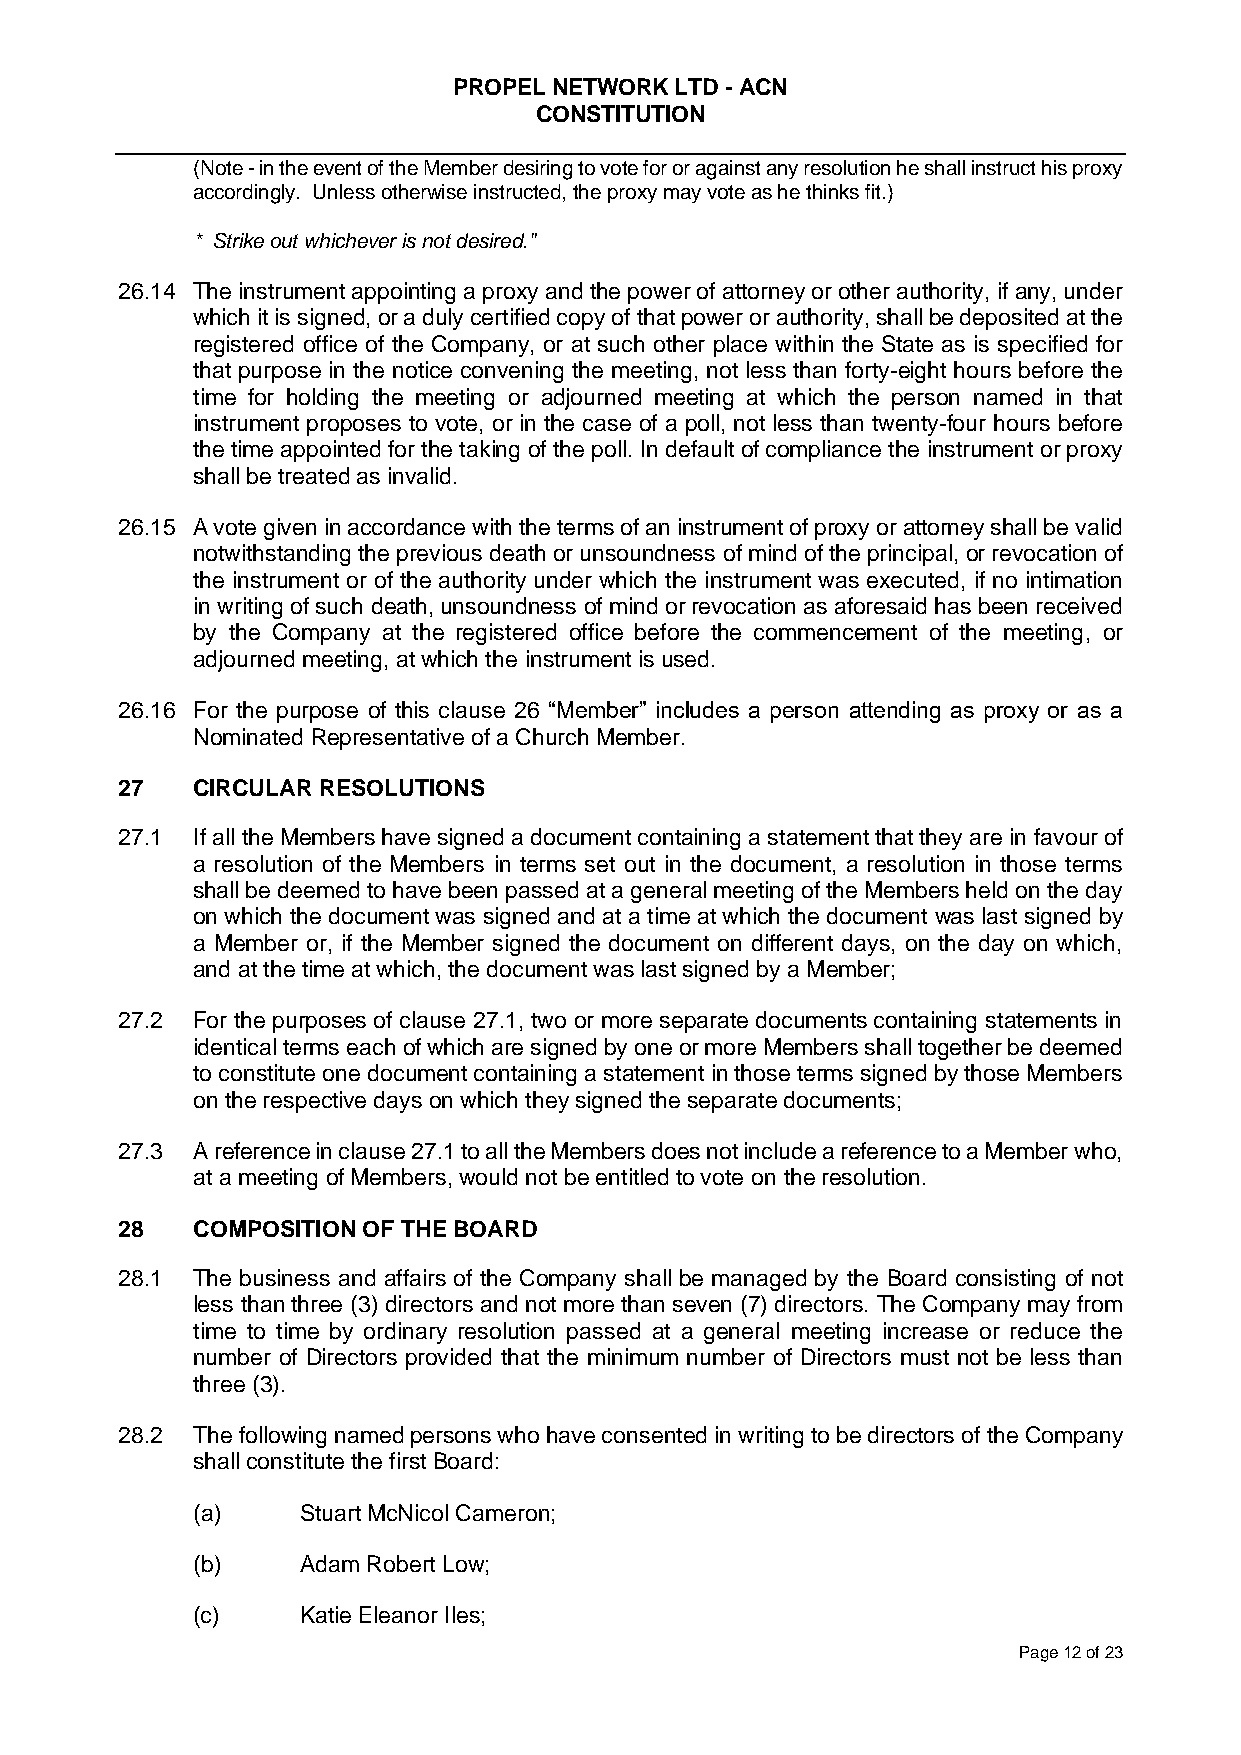
PROPEL NETWORK LTD - ACN
 CONSTITUTION
 (Note - in the event of the Member desiring to vote for or against any resolution he shall instruct his proxy
 accordingly. Unless otherwise instructed, the proxy may vote as he thinks fit.)
 * Strike out whichever is not desired."
 26.14 The instrument appointing a proxy and the power of attorney or other authority, if any, under
 which it is signed, or a duly certified copy of that power or authority, shall be deposited at the
 registered office of the Company, or at such other place within the State as is specified for
 that purpose in the notice convening the meeting, not less than forty-eight hours before the
 time for holding the meeting or adjourned meeting at which the person named in that
 instrument proposes to vote, or in the case of a poll, not less than twenty-four hours before
 the time appointed for the taking of the poll. In default of compliance the instrument or proxy
 shall be treated as invalid.
 26.15 A vote given in accordance with the terms of an instrument of proxy or attorney shall be valid
 notwithstanding the previous death or unsoundness of mind of the principal, or revocation of
 the instrument or of the authority under which the instrument was executed, if no intimation
 in writing of such death, unsoundness of mind or revocation as aforesaid has been received
 by the Company at the registered office before the commencement of the meeting, or
 adjourned meeting, at which the instrument is used.
 26.16 For the purpose of this clause 26 “Member” includes a person attending as proxy or as a
 Nominated Representative of a Church Member.
 27   CIRCULAR RESOLUTIONS
 27.1 If all the Members have signed a document containing a statement that they are in favour of
 a resolution of the Members in terms set out in the document, a resolution in those terms
 shall be deemed to have been passed at a general meeting of the Members held on the day
 on which the document was signed and at a time at which the document was last signed by
 a Member or, if the Member signed the document on different days, on the day on which,
 and at the time at which, the document was last signed by a Member;
 27.2 For the purposes of clause 27.1, two or more separate documents containing statements in
 identical terms each of which are signed by one or more Members shall together be deemed
 to constitute one document containing a statement in those terms signed by those Members
 on the respective days on which they signed the separate documents;
 27.3 A reference in clause 27.1 to all the Members does not include a reference to a Member who,
 at a meeting of Members, would not be entitled to vote on the resolution.
 28   COMPOSITION OF THE BOARD
 28.1 The business and affairs of the Company shall be managed by the Board consisting of not
 less than three (3) directors and not more than seven (7) directors. The Company may from
 time to time by ordinary resolution passed at a general meeting increase or reduce the
 number of Directors provided that the minimum number of Directors must not be less than
 three (3).
 28.2 The following named persons who have consented in writing to be directors of the Company
 shall constitute the first Board:
 (a)    Stuart McNicol Cameron;
 (b)    Adam Robert Low;
 (c)    Katie Eleanor Iles;
 Page 12 of 23